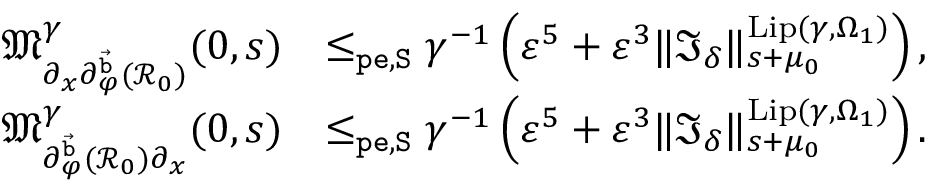
\begin{array} { r l } { \mathfrak { M } _ { \partial _ { x } \partial _ { \varphi } ^ { \vec { \mathtt { b } } } ( \mathcal { R } _ { 0 } ) } ^ { \gamma } ( 0 , s ) } & { \le _ { \mathtt { p e } , \mathtt { S } } \gamma ^ { - 1 } \left( \varepsilon ^ { 5 } + \varepsilon ^ { 3 } \rVert \mathfrak { I } _ { \delta } \rVert _ { s + \mu _ { 0 } } ^ { \mathrm { L i p } ( \gamma , \Omega _ { 1 } ) } \right) , } \\ { \mathfrak { M } _ { \partial _ { \varphi } ^ { \vec { \mathtt { b } } } ( \mathcal { R } _ { 0 } ) \partial _ { x } } ^ { \gamma } ( 0 , s ) } & { \le _ { \mathtt { p e } , \mathtt { S } } \gamma ^ { - 1 } \left( \varepsilon ^ { 5 } + \varepsilon ^ { 3 } \rVert \mathfrak { I } _ { \delta } \rVert _ { s + \mu _ { 0 } } ^ { \mathrm { L i p } ( \gamma , \Omega _ { 1 } ) } \right) . } \end{array}